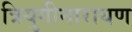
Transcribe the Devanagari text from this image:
त्रियुगीनारायण